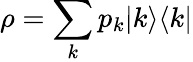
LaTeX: \rho=\sum_{k}p_{k}|k\rangle\langle k|